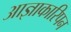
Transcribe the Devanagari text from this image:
आज्ञाकारिपन